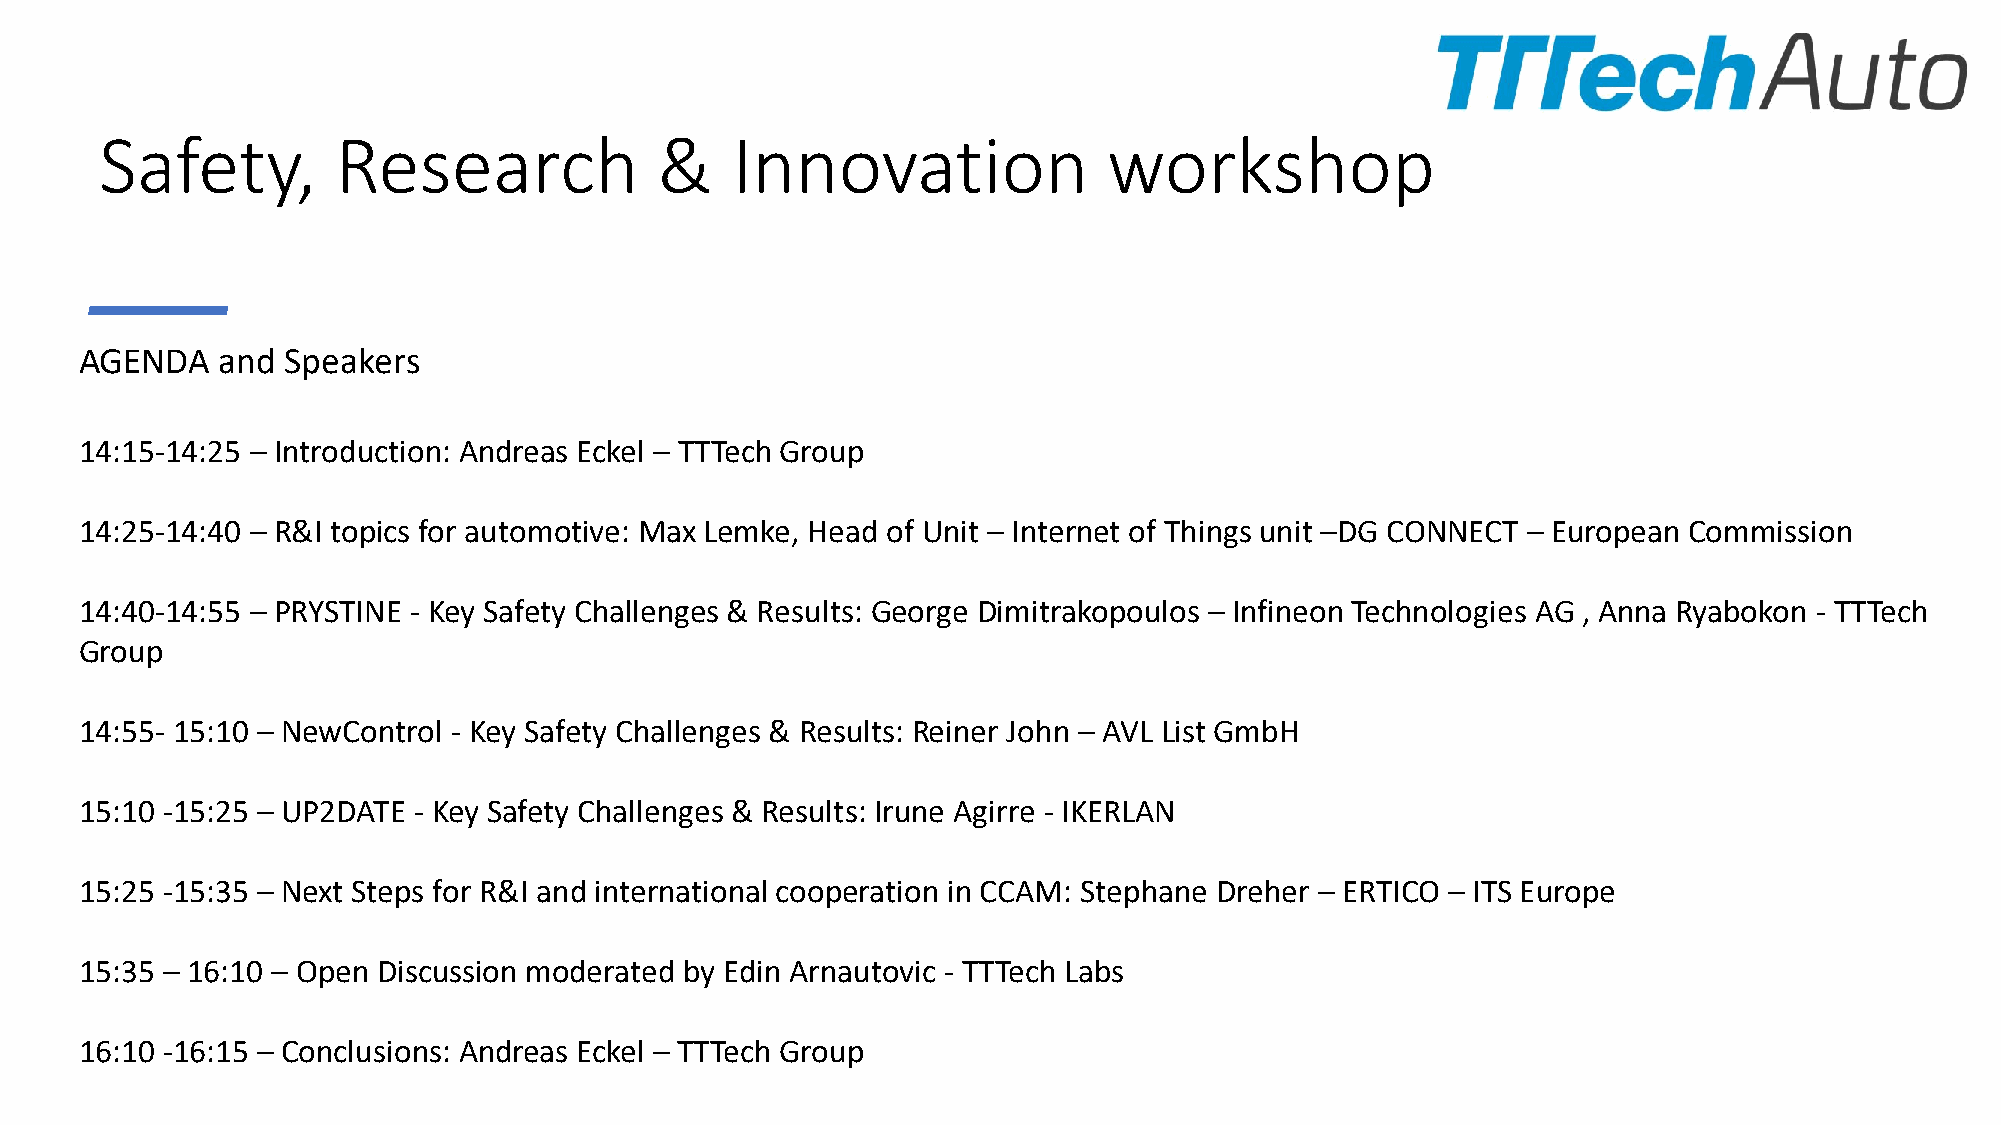
Safety,        Research             &    Innovation               workshop
 AGENDA   and  Speakers
 14:15-14:25 – Introduction: Andreas Eckel – TTTech Group
 14:25-14:40 – R&I topics for automotive: Max Lemke, Head of Unit – Internet of Things unit –DG CONNECT – European Commission
 14:40-14:55 – PRYSTINE - Key Safety Challenges & Results: George Dimitrakopoulos – Infineon Technologies AG , Anna Ryabokon - TTTech
 Group
 14:55- 15:10 – NewControl - Key Safety Challenges & Results: Reiner John – AVL List GmbH
 15:10 -15:25 – UP2DATE - Key Safety Challenges & Results: Irune Agirre - IKERLAN
 15:25 -15:35 – Next Steps for R&I and international cooperation in CCAM: Stephane Dreher – ERTICO – ITS Europe
 15:35 – 16:10 – Open Discussion moderated by Edin Arnautovic - TTTech Labs
 16:10 -16:15 – Conclusions: Andreas Eckel – TTTech Group